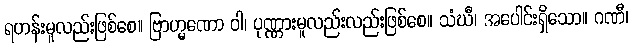
ရဟန်းမူလည်းဖြစ်စေ။ ဗြာဟ္မဏော ဝါ၊ ပုဏ္ဏားမူလည်းလည်းဖြစ်စေ။ သံဃီ၊ အပေါင်းရှိသော။ ဂဏီ၊